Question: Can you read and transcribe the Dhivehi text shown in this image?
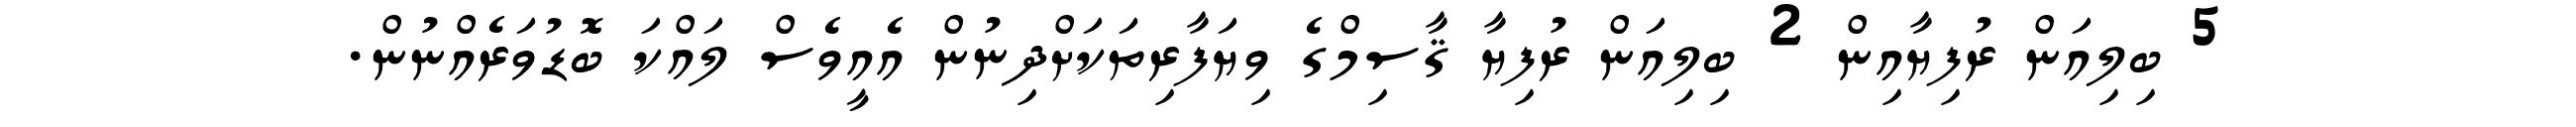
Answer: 5 ބިލިއަން ރުފިޔާއިން 2 ބިލިއަން ރުފިޔާ ޤާސިމްގެ ވިޔަފާރިތަކަށްދިނުން އެއީވެސް ލައްކަ ބޮޑުވަރެއްނުން.